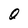
Character: O